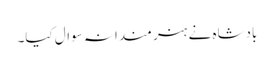
بادشاہ نے ہنر مندانہ سوال کیا۔